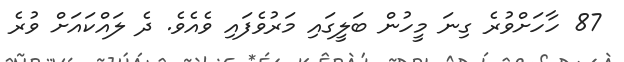
87 ހާހަށްވުރެ ގިނަ މީހުން ބަލީގައި މަރުވެފައި ވެއެވެ. ދެ ލައްކައަށް ވުރެ